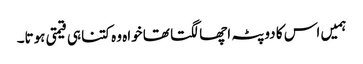
ہمیں اس کا دوپٹہ اچھا لگتا تھا خواہ وہ کتنا ہی قیمتی ہوتا۔